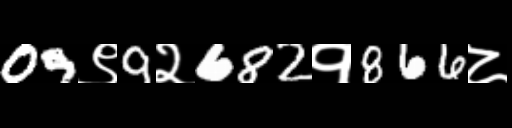
Text: 09९9२682१866८